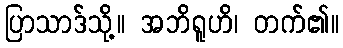
ပြာသာဒ်သို့။ အဘိရူဟိ၊ တက်၏။